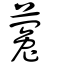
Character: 蒬